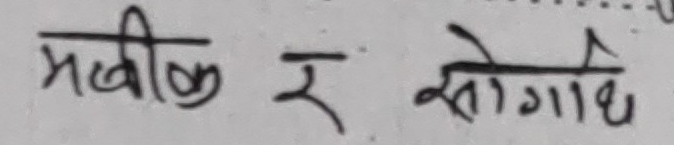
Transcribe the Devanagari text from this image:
मौलिक र सौगात